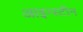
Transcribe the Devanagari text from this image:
आइन्‍स्‍टीन